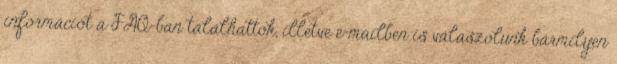
információt a FAQ-ban találhattok, illetve e-mailben is válaszolunk bármilyen